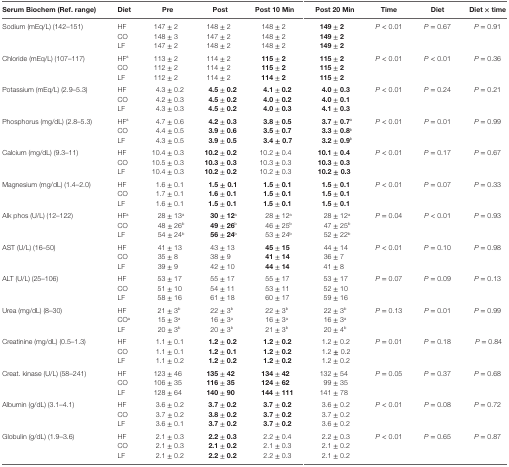
<table><thead><tr><td><b>Serum Biochem (Ref. range)</b></td><td><b>Diet</b></td><td><b>Pre</b></td><td><b>Post</b></td><td><b>Post 10 Min</b></td><td><b>Post 20 Min</b></td><td><b>Time</b></td><td><b>Diet</b></td><td><b>Diet × time</b></td></tr></thead><tbody><tr><td rowspan="3">Sodium (mEq/L) (142–151)</td><td>HF</td><td>147 ± 2</td><td>148 ± 2</td><td>148 ± 2</td><td><b>149 ± 2</b></td><td rowspan="3"><i>P</i> &lt; 0.01</td><td rowspan="3"><i>P</i> = 0.67</td><td rowspan="3"><i>P</i> = 0.91</td></tr><tr><td>CO</td><td>148 ± 3</td><td>147 ± 2</td><td>148 ± 2</td><td><b>149 ± 2</b></td></tr><tr><td>LF</td><td>147 ± 2</td><td>148 ± 2</td><td>148 ± 2</td><td><b>149 ± 2</b></td></tr><tr><td rowspan="3">Chloride (mEq/L) (107–117)</td><td>HF<sup>a</sup></td><td>113 ± 2</td><td>114 ± 2</td><td><b>115 ± 2</b></td><td><b>115 ± 2</b></td><td rowspan="3"><i>P</i> &lt; 0.01</td><td rowspan="3"><i>P</i> &lt; 0.01</td><td rowspan="3"><i>P</i> = 0.36</td></tr><tr><td>CO</td><td>112 ± 2</td><td>114 ± 2</td><td><b>115 ± 2</b></td><td><b>115 ± 2</b></td></tr><tr><td>LF</td><td>112 ± 2</td><td>114 ± 2</td><td><b>114 ± 2</b></td><td><b>115 ± 2</b></td></tr><tr><td rowspan="3">Potassium (mEq/L) (2.9–5.3)</td><td>HF</td><td>4.3 ± 0.2</td><td><b>4.5 ± 0.2</b></td><td><b>4.1 ± 0.2</b></td><td><b>4.0 ± 0.3</b></td><td rowspan="3"><i>P</i> &lt; 0.01</td><td rowspan="3"><i>P</i> = 0.24</td><td rowspan="3"><i>P</i> = 0.21</td></tr><tr><td>CO</td><td>4.2 ± 0.3</td><td><b>4.5 ± 0.2</b></td><td><b>4.0 ± 0.2</b></td><td><b>4.0 ± 0.1</b></td></tr><tr><td>LF</td><td>4.3 ± 0.3</td><td><b>4.5 ± 0.2</b></td><td><b>4.0 ± 0.3</b></td><td><b>4.1 ± 0.3</b></td></tr><tr><td rowspan="3">Phosphorus (mg/dL) (2.8–5.3)</td><td>HF<sup>a</sup></td><td>4.7 ± 0.6</td><td><b>4.2 ± 0.3</b></td><td><b>3.8 ± 0.5</b></td><td><b>3.7 ± 0.7<sup>a</sup></b></td><td rowspan="3"><i>P</i> &lt; 0.01</td><td rowspan="3"><i>P</i> = 0.01</td><td rowspan="3"><i>P</i> = 0.99</td></tr><tr><td>CO</td><td>4.4 ± 0.5</td><td><b>3.9 ± 0.6</b></td><td><b>3.5 ± 0.7</b></td><td><b>3.3 ± 0.8<sup>b</sup></b></td></tr><tr><td>LF</td><td>4.3 ± 0.5</td><td><b>3.9 ± 0.5</b></td><td><b>3.4 ± 0.7</b></td><td><b>3.2 ± 0.9<sup>b</sup></b></td></tr><tr><td rowspan="3">Calcium (mg/dL) (9.3–11)</td><td>HF</td><td>10.4 ± 0.3</td><td><b>10.2 ± 0.2</b></td><td>10.2 ± 0.4</td><td><b>10.1 ± 0.4</b></td><td rowspan="3"><i>P</i> &lt; 0.01</td><td rowspan="3"><i>P</i> = 0.17</td><td rowspan="3"><i>P</i> = 0.67</td></tr><tr><td>CO</td><td>10.5 ± 0.3</td><td><b>10.3 ± 0.3</b></td><td>10.3 ± 0.3</td><td><b>10.3 ± 0.3</b></td></tr><tr><td>LF</td><td>10.4 ± 0.3</td><td><b>10.2 ± 0.2</b></td><td>10.2 ± 0.3</td><td><b>10.2 ± 0.3</b></td></tr><tr><td rowspan="3">Magnesium (mg/dL) (1.4–2.0)</td><td>HF</td><td>1.6 ± 0.1</td><td><b>1.5 ± 0.1</b></td><td><b>1.5 ± 0.1</b></td><td><b>1.5 ± 0.1</b></td><td rowspan="3"><i>P</i> &lt; 0.01</td><td rowspan="3"><i>P</i> = 0.07</td><td rowspan="3"><i>P</i> = 0.33</td></tr><tr><td>CO</td><td>1.7 ± 0.1</td><td><b>1.6 ± 0.1</b></td><td><b>1.5 ± 0.1</b></td><td><b>1.5 ± 0.1</b></td></tr><tr><td>LF</td><td>1.6 <b>±</b> 0.1</td><td><b>1.5 ± 0.1</b></td><td><b>1.5 ± 0.1</b></td><td><b>1.5 ± 0.1</b></td></tr><tr><td rowspan="3">Alk phos (U/L) (12–122)</td><td>HF<sup>a</sup></td><td>28 ± 13<sup>a</sup></td><td><b>30 ± 12<sup>a</sup></b></td><td>28 ± 12<sup>a</sup></td><td>28 ± 12<sup>a</sup></td><td rowspan="3"><i>P</i> = 0.04</td><td rowspan="3"><i>P</i> &lt; 0.01</td><td rowspan="3"><i>P</i> = 0.93</td></tr><tr><td>CO</td><td>48 ± 26<sup>b</sup></td><td><b>49 ± 26<sup>b</sup></b></td><td>46 ± 25<sup>b</sup></td><td>47 ± 25<sup>b</sup></td></tr><tr><td>LF</td><td>54 ± 24<sup>b</sup></td><td><b>56 ± 24<sup>b</sup></b></td><td>53 ± 24<sup>b</sup></td><td>52 ± 22<sup>b</sup></td></tr><tr><td rowspan="3">AST (U/L) (16–50)</td><td>HF</td><td>41 ± 13</td><td>43 ± 13</td><td><b>45 ± 15</b></td><td>44 ± 14</td><td rowspan="3"><i>P</i> &lt; 0.01</td><td rowspan="3"><i>P</i> = 0.10</td><td rowspan="3"><i>P</i> = 0.98</td></tr><tr><td>CO</td><td>35 ± 8</td><td>38 ± 9</td><td><b>41 ± 14</b></td><td>36 ± 7</td></tr><tr><td>LF</td><td>39 ± 9</td><td>42 ± 10</td><td><b>44 ± 14</b></td><td>41 ± 8</td></tr><tr><td rowspan="3">ALT (U/L) (25–106)</td><td>HF</td><td>53 ± 17</td><td>55 ± 17</td><td>55 ± 17</td><td>53 ± 17</td><td rowspan="3"><i>P</i> = 0.07</td><td rowspan="3"><i>P</i> = 0.09</td><td rowspan="3"><i>P</i> = 0.13</td></tr><tr><td>CO</td><td>51 ± 10</td><td>54 ± 11</td><td>53 ± 11</td><td>52 ± 10</td></tr><tr><td>LF</td><td>58 ± 16</td><td>61 ± 18</td><td>60 ± 17</td><td>59 ± 16</td></tr><tr><td rowspan="3">Urea (mg/dL) (8–30)</td><td>HF</td><td>21 ± 3<sup>b</sup></td><td>22 ± 3<sup>b</sup></td><td>22 ± 3<sup>b</sup></td><td>22 ± 3<sup>b</sup></td><td rowspan="3"><i>P</i> = 0.13</td><td rowspan="3"><i>P</i> = 0.01</td><td rowspan="3"><i>P</i> = 0.99</td></tr><tr><td>CO<sup>a</sup></td><td>15 ± 3<sup>a</sup></td><td>16 ± 3<sup>a</sup></td><td>16 ± 3<sup>a</sup></td><td>16 ± 3<sup>a</sup></td></tr><tr><td>LF</td><td>20 ± 3<sup>b</sup></td><td>20 ± 3<sup>b</sup></td><td>21 ± 3<sup>b</sup></td><td>20 ± 4<sup>b</sup></td></tr><tr><td rowspan="3">Creatinine (mg/dL) (0.5–1.3)</td><td>HF</td><td>1.1 ± 0.1</td><td><b>1.2 ± 0.2</b></td><td><b>1.2 ± 0.2</b></td><td>1.2 ± 0.2</td><td rowspan="3"><i>P</i> = 0.01</td><td rowspan="3"><i>P</i> = 0.18</td><td rowspan="3"><i>P</i> = 0.84</td></tr><tr><td>CO</td><td>1.1 ± 0.1</td><td><b>1.2 ± 0.1</b></td><td><b>1.2 ± 0.2</b></td><td>1.2 <b>±</b> 0.2</td></tr><tr><td>LF</td><td>1.1 ± 0.2</td><td><b>1.2 ± 0.2</b></td><td><b>1.2 ± 0.2</b></td><td>1.2 ± 0.2</td></tr><tr><td rowspan="3">Creat. kinase (U/L) (58–241)</td><td>HF</td><td>123 ± 46</td><td><b>135 ± 42</b></td><td><b>134 ± 42</b></td><td>132 ± 54</td><td rowspan="3"><i>P</i> = 0.05</td><td rowspan="3"><i>P</i> = 0.37</td><td rowspan="3"><i>P</i> = 0.68</td></tr><tr><td>CO</td><td>106 ± 35</td><td><b>116 ± 35</b></td><td><b>124 ± 62</b></td><td>99 ± 35</td></tr><tr><td>LF</td><td>128 ± 64</td><td><b>140 ± 90</b></td><td><b>144 ± 111</b></td><td>141 ± 78</td></tr><tr><td rowspan="3">Albumin (g/dL) (3.1–4.1)</td><td>HF</td><td>3.6 ± 0.2</td><td><b>3.7 ± 0.2</b></td><td><b>3.7 ± 0.2</b></td><td>3.6 ± 0.2</td><td rowspan="3"><i>P</i> &lt; 0.01</td><td rowspan="3"><i>P</i> = 0.08</td><td rowspan="3"><i>P</i> = 0.72</td></tr><tr><td>CO</td><td>3.7 ± 0.2</td><td><b>3.8 ± 0.2</b></td><td><b>3.7 ± 0.2</b></td><td>3.7 ± 0.2</td></tr><tr><td>LF</td><td>3.6 ± 0.1</td><td><b>3.7 ± 0.2</b></td><td><b>3.7 ± 0.2</b></td><td>3.6 ± 0.2</td></tr><tr><td rowspan="3">Globulin (g/dL) (1.9–3.6)</td><td>HF</td><td>2.1 ± 0.3</td><td><b>2.2 ± 0.3</b></td><td>2.2 ± 0.4</td><td>2.2 ± 0.3</td><td rowspan="3"><i>P</i> &lt; 0.01</td><td rowspan="3"><i>P</i> = 0.65</td><td rowspan="3"><i>P</i> = 0.87</td></tr><tr><td>CO</td><td>2.1 ± 0.3</td><td><b>2.1 ± 0.2</b></td><td>2.1 ± 0.3</td><td>2.1 ± 0.2</td></tr><tr><td>LF</td><td>2.1 ± 0.2</td><td><b>2.2 ± 0.2</b></td><td>2.2 ± 0.3</td><td>2.1 ± 0.2</td></tr></tbody></table>